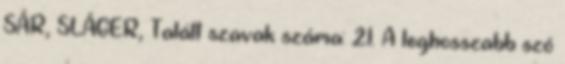
SÁR, SLÁGER, Talált szavak száma: 21. A leghosszabb szó